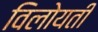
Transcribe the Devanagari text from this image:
विलोयती